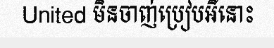
United មិនចាញ់ប្រៀបអីនោះ